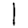
Digit: 1